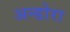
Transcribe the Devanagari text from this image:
अन्डोरा